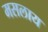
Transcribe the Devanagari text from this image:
मसलाय